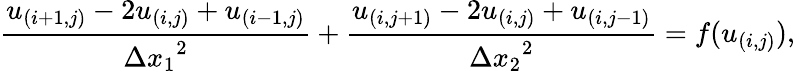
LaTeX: \frac{u_{(i+1,j)}-2u_{(i,j)}+u_{(i-1,j)}}{{\Delta x_{1}}^{2}}+\frac{u_{(i,j+1)}-2u_{(i,j)}+u_{(i,j-1)}}{{\Delta x_{2}}^{2}}=f(u_{(i,j)}),